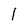
Character: 1